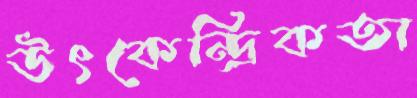
উৎকেন্দ্রিকতা